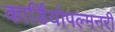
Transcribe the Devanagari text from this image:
कार्डियोपल्मनरी